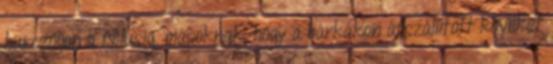
hurczoljon a Nilusig, másoknak, hogy a bárkákon átszállított köveket